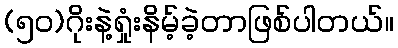
(၅၀)ဂိုးနဲ့ရှုံးနိမ့်ခဲ့တာဖြစ်ပါတယ်။